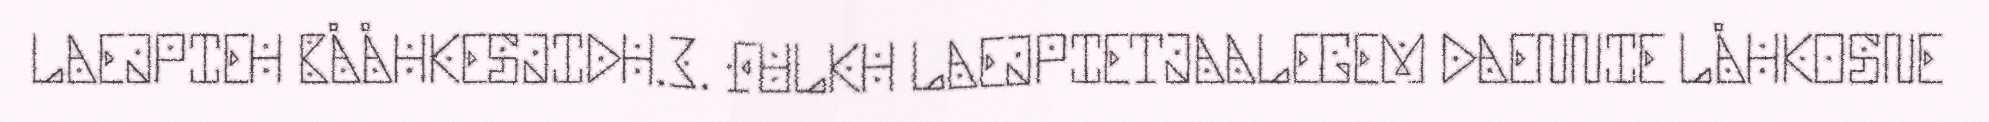
LAEJPIEH BÅÅHKESJIDH.3. FULKH LAEJPIETJAALEGEM DAENNIE LÅHKOSNE